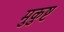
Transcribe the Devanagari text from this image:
मुकुष्ट